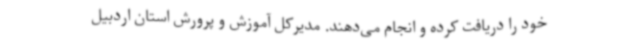
خود را دریافت کرده و انجام می‌دهند. مدیرکل آموزش و پرورش استان اردبیل